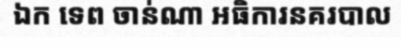
ឯក ទេព ចាន់ណា អធិការនគរបាល